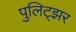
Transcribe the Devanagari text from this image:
पुलिट्झर